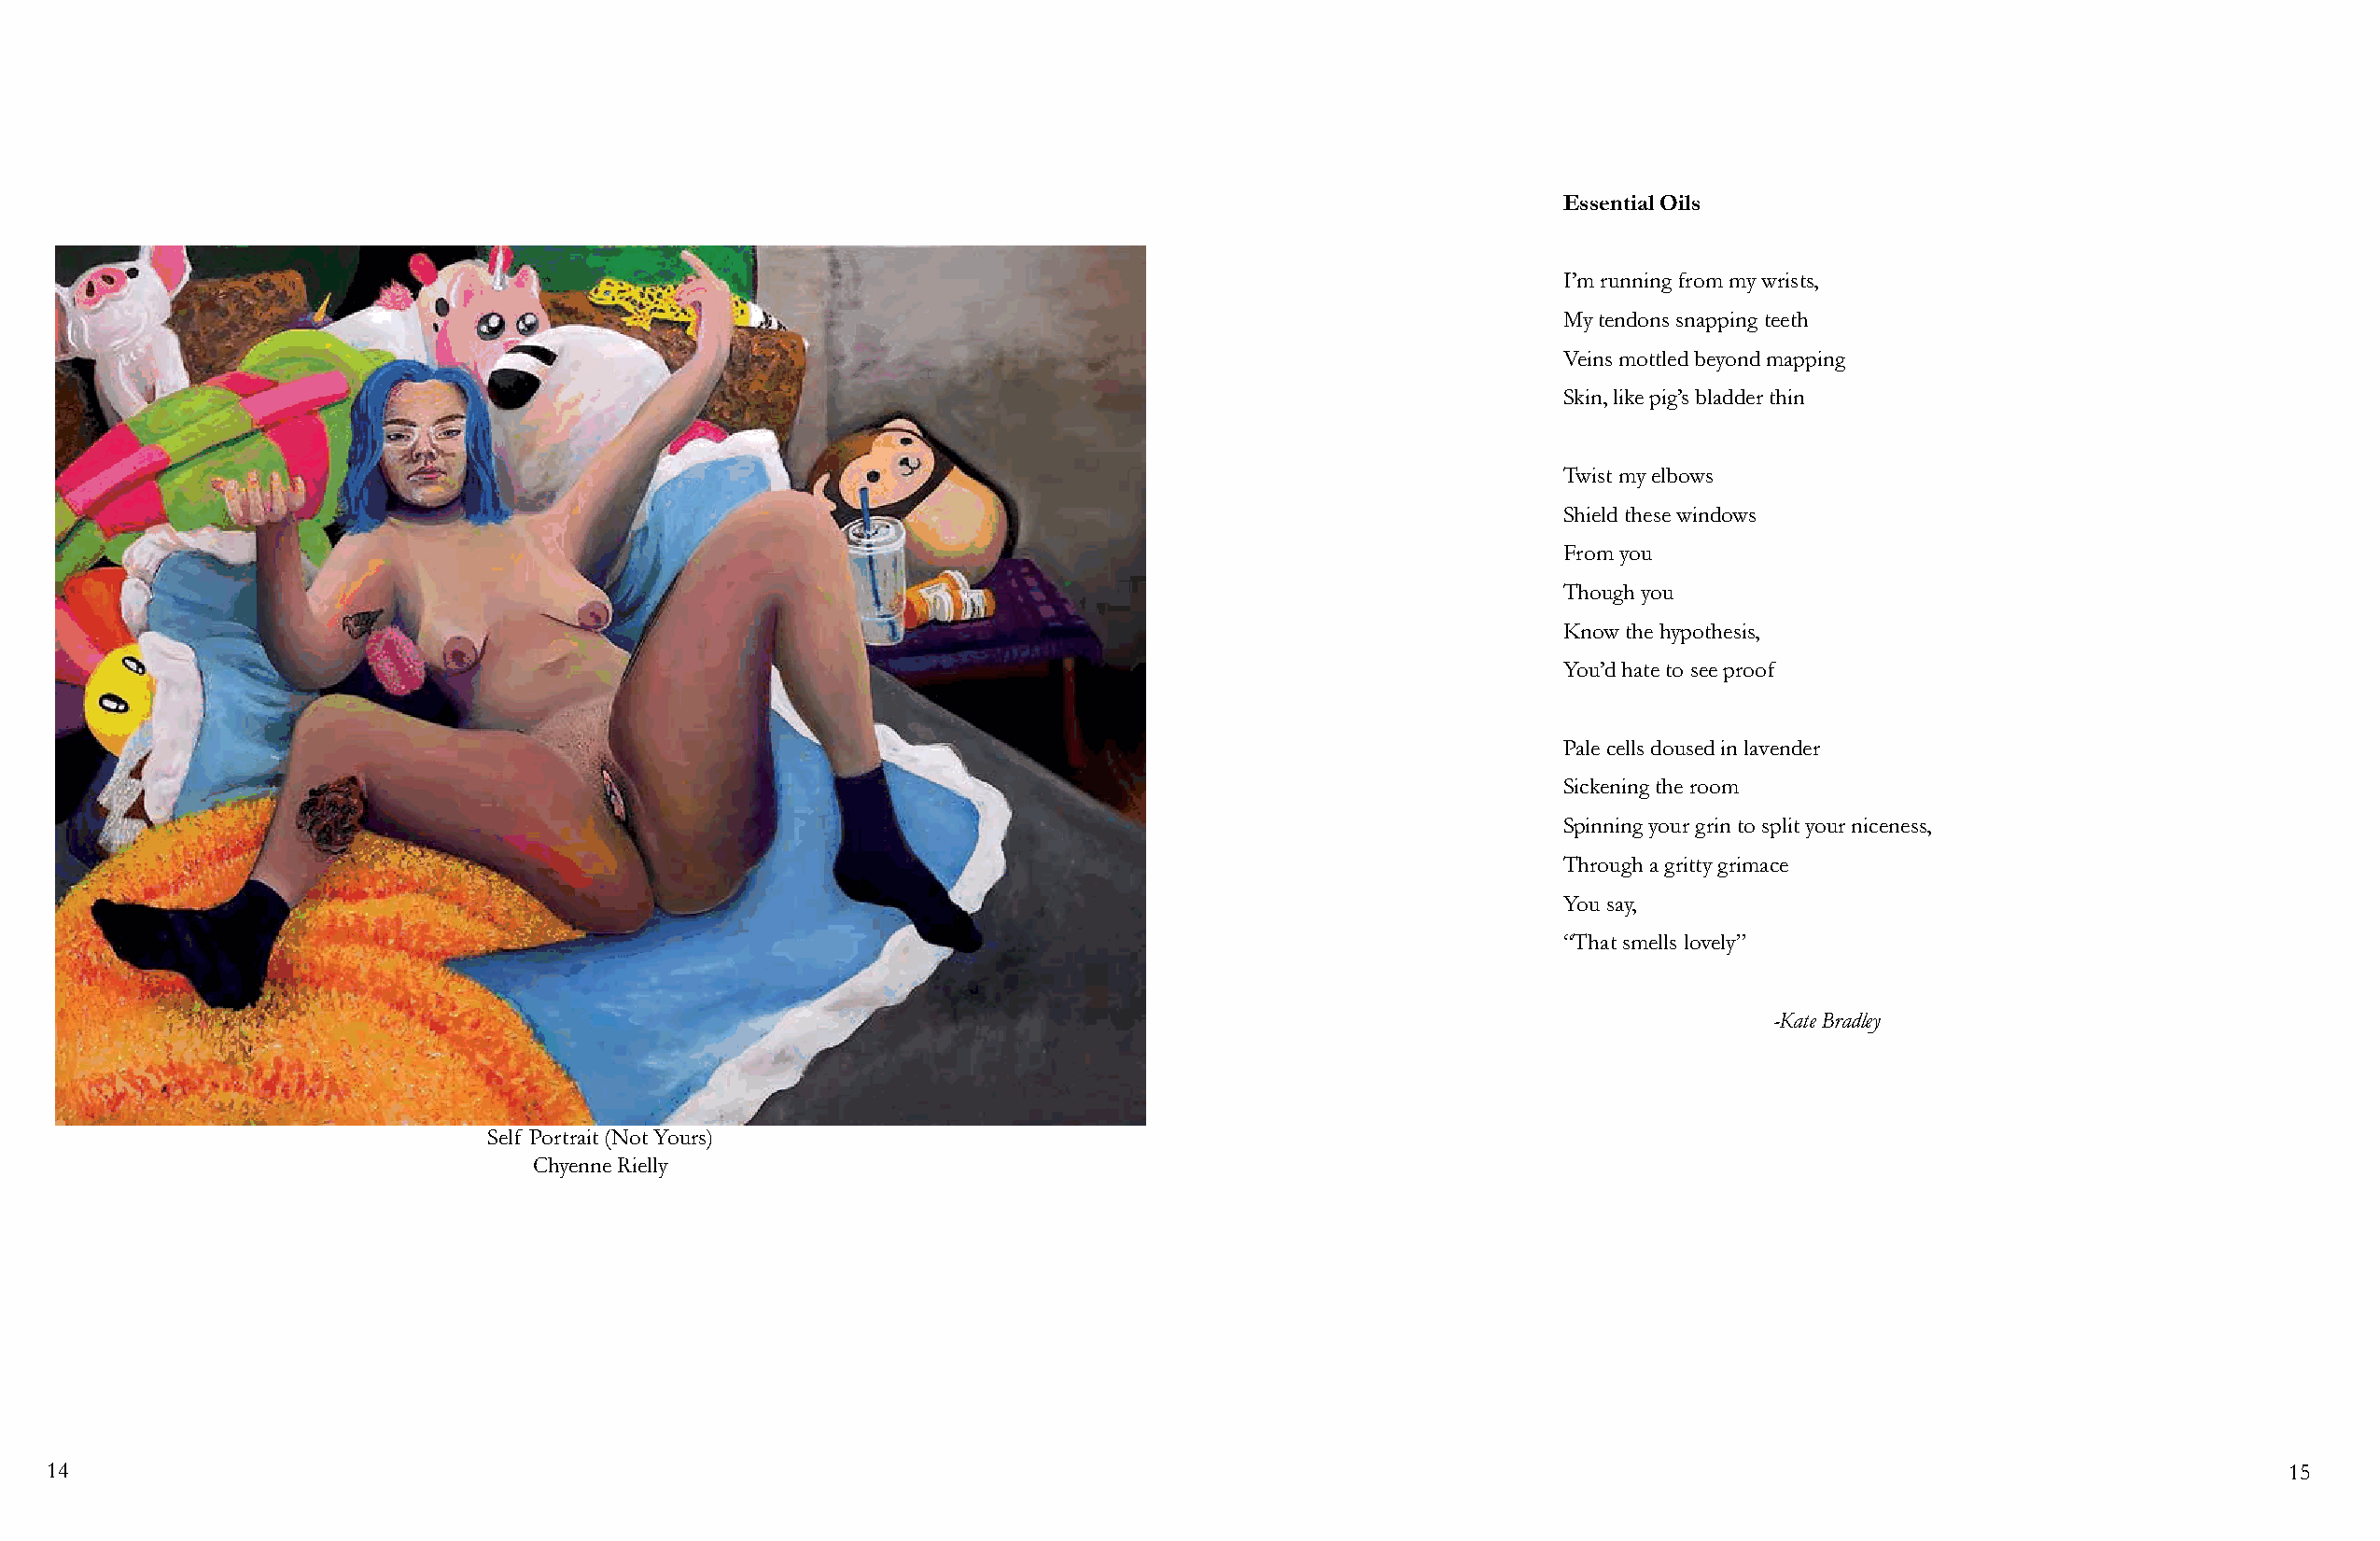
Essential Oils
 I’m running from my wrists,
 My tendons snapping teeth
 Veins mottled beyond mapping
 Skin, like pig’s bladder thin
 Twist my elbows
 Shield these windows
 From you
 Though you
 Know the hypothesis,
 You’d hate to see proof
 Pale cells doused in lavender
 Sickening the room
 Spinning your grin to split your niceness,
 Through a gritty grimace
 You say,
 “That smells lovely”
 -Kate Bradley
 Self Portrait (Not Yours)
 Chyenne Rielly
 14                                                                                                                                                             15